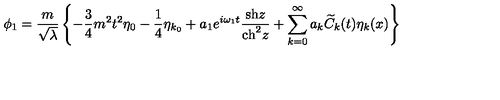
\phi _ { 1 } = \frac { m } { \sqrt \lambda } \left\{ - \frac { 3 } { 4 } m ^ { 2 } t ^ { 2 } { \eta } _ { 0 } - \frac { 1 } { 4 } { \eta } _ { k { _ 0 } } + a _ { 1 } e ^ { i \omega _ { 1 } t } \frac { \mathrm { { s h } } z } { \mathrm { { c h } } ^ { 2 } z } + \sum _ { k = 0 } ^ { \infty } a _ { k } { \widetilde C } _ { k } ( t ) \eta _ { k } ( x ) \right\}